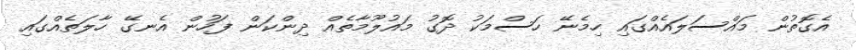
އެގޮތުން މައްސަލައެއްގައި ހިމެނޭ ހަސްމަކު ދޮގު މައުލޫމާތެއް ދިންކަން ފަހުން އެނގޭ ހާލަތެއްގައި